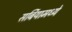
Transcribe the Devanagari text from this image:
सर्बियामध्ये